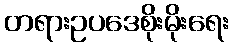
တရားဥပဒေစိုးမိုးရေး